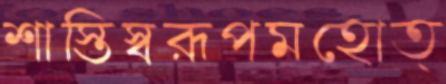
শাস্তিস্বরূপমহোত্